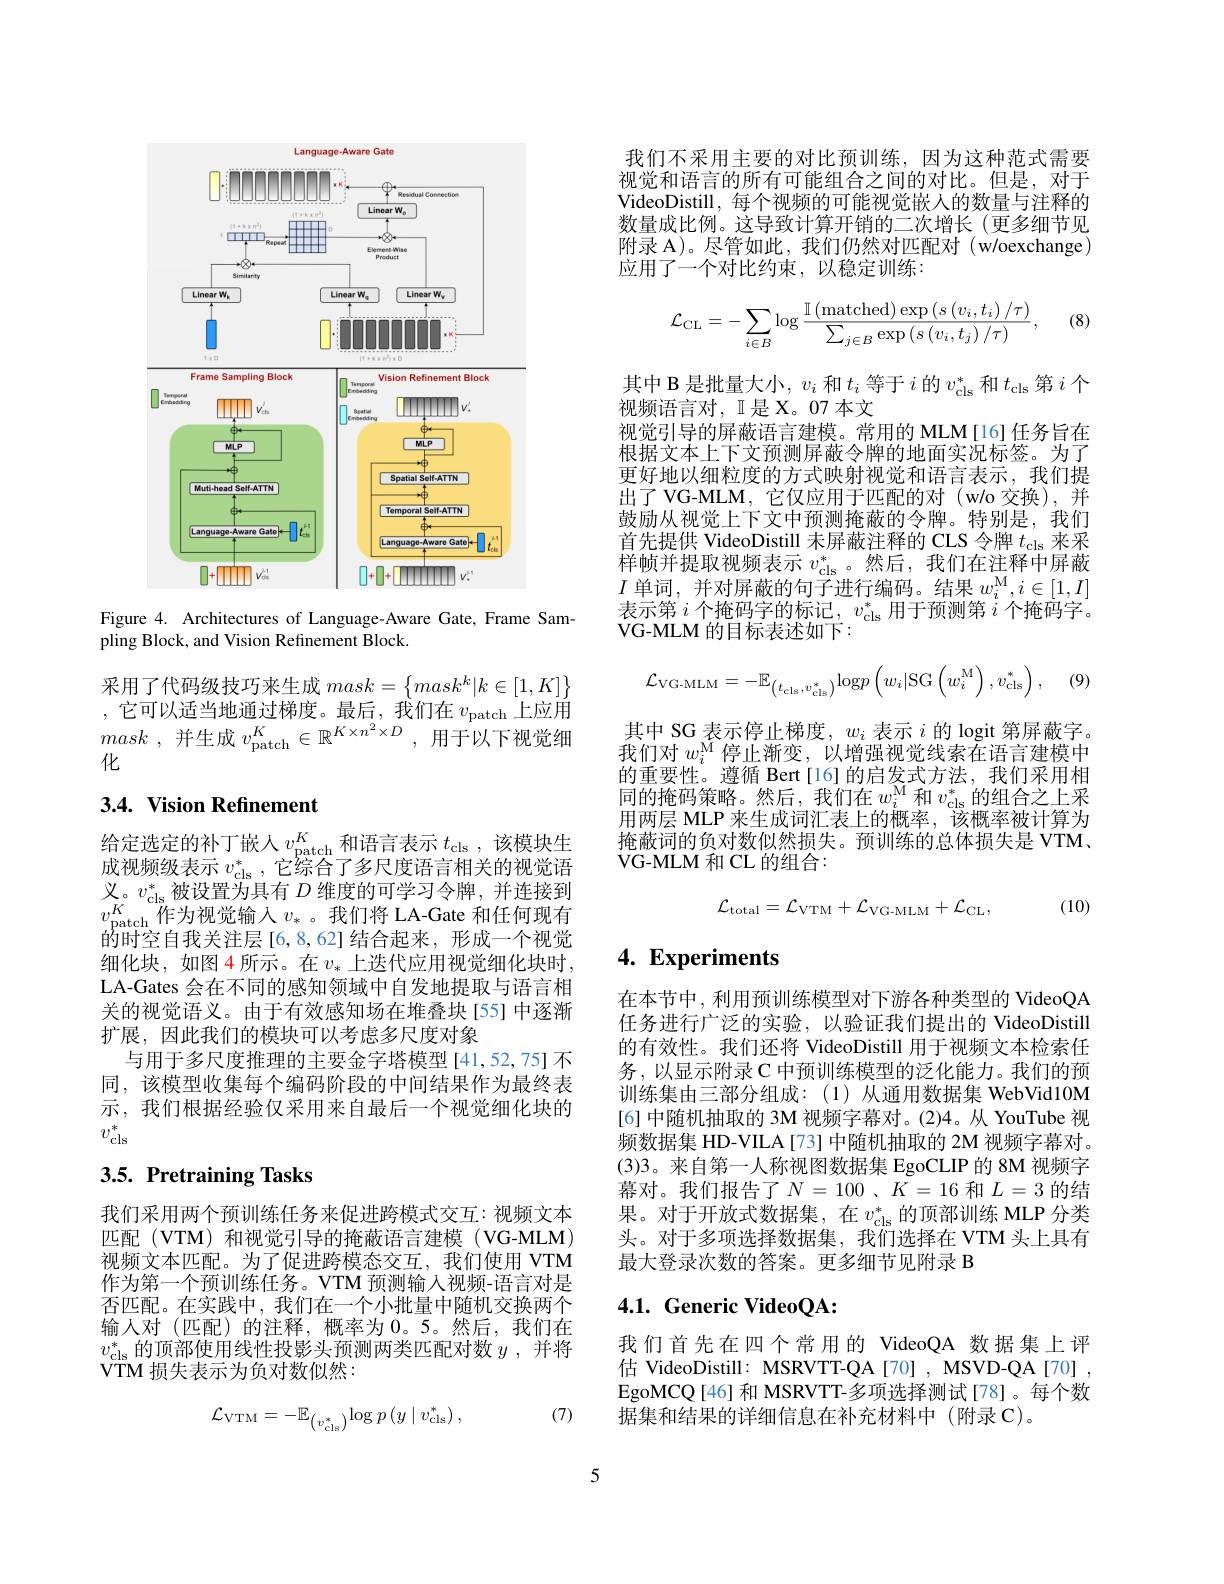
<FigureHere>

Figure 4. Architectures of Language-Aware Gate, Frame Sam-
pling Block, and Vision Refinement Block.

采用了代码级技巧来生成$mask=\left\{mask^k|k\in[1,K]\right\}$ ,它可以适当地通过梯度。最后，我们在$v_\mathrm{patch}$上应用mask , 并生成 $v_\mathrm{patch}^{K}\in \mathbb{R} ^{K\times n^{2}\times D}$ , 用于以下视觉细化

## $3. 4. \textbf{Vision Refinement}$

给定选定的补丁嵌入$v_\mathrm{patch}^K$和语言表示$t_\mathrm{cls}$,该模块生成视频级表示$v_\mathrm{cls}^*$,它综合了多尺度语言相关的视觉语义。$v_\mathrm{cls}^{*}$被设置为具有 $D$ 维度的可学习令牌，并连接到$v_{\mathrm{patch}}^K$作为视觉输入$v_*$。我们将 LA-Gate 和任何现有的时空自我关注层[6,8,62]结合起来，形成一个视觉细化块，如图4所示。在$v_*$上迭代应用视觉细化块时， LA-Gates 会在不同的感知领域中自发地提取与语言相关的视觉语义。由于有效感知场在堆叠块[55]中逐渐扩展，因此我们的模块可以考虑多尺度对象
与用于多尺度推理的主要金字塔模型[41,52,75]不同，该模型收集每个编码阶段的中间结果作为最终表示，我们根据经验仅采用来自最后一个视觉细化块的$v_\mathrm{cls}^*$

# 3.5. Pretraining Tasks

我们采用两个预训练任务来促进跨模式交互：视频文本匹配(VTM)和视觉引导的掩蔽语言建模(VG-MLM) 视频文本匹配。为了促进跨模态交互，我们使用 VTM 作为第一个预训练任务。VTM 预测输入视频-语言对是否匹配。在实践中，我们在一个小批量中随机交换两个输人对(匹配)的注释，概率为0。5。然后，我们在$v_\mathrm{cls}^*$的顶部使用线性投影头预测两类匹配对数 $y$, 并将VTM 损失表示为负对数似然：

(7)
$$\mathcal{L}_{\mathrm{VTM}}=-\mathbb{E}_{\left(v_{\mathrm{cls}}^{*}\right)}\log p\left(y\mid v_{\mathrm{cls}}^{*}\right),$$
我们不采用主要的对比预训练，因为这种范式需要视觉和语言的所有可能组合之间的对比。但是，对于VideoDistill, 每个视频的可能视觉嵌人的数量与注释的数量成比例。这导致计算开销的二次增长(更多细节见附录 A)。尽管如此，我们仍然对匹配对(w/oexchange) 应用了一个对比约束，以稳定训练：

(8)
$$\mathcal{L}_{\mathrm{CL}}=-\sum_{i\in B}\log\frac{\mathbb{I}\left(\mathrm{matched}\right)\exp\left(s\left(v_i,t_i\right)/\tau\right)}{\sum_{j\in B}\exp\left(s\left(v_i,t_j\right)/\tau\right)},$$
其中 B 是批量大小，$v_i$和$t_i$等于$i$的$v_\mathrm{cls}^*$和$t_\mathrm{cls}$第$i$个
视频语言对，I是 X。07 本文
视觉引导的屏蔽语言建模。常用的 MLM[16] 任务旨在根据文本上下文预测屏蔽令牌的地面实况标签。为了更好地以细粒度的方式映射视觉和语言表示，我们提出了 VG-MLM, 它仅应用于匹配的对 (w/o 交换),并鼓励从视觉上下文中预测掩蔽的令牌。特别是，我们首先提供 VideoDistill 未屏蔽注释的 CLS 令牌$t_\mathrm{cls}$来采样帧并提取视频表示$v_\mathrm{cls}^*$。然后，我们在注释中屏蔽$I$单词，并对屏蔽的句子进行编码。结果$w_i^\mathrm{M},i\in[1,I]$ 表示第$i$个掩码字的标记，$v_\mathrm{cls}^*$用于预测第$i$个掩码字。$VG-MLM$ 的目标表述如下：
$$\mathcal{L}_{\mathrm{VG-MLM}}=-\mathbb{E}_{\left(t_{\mathrm{cls}},v_{\mathrm{cls}}^{*}\right)}\mathrm{log}p\left(w_{i}|\mathrm{SG}\left(w_{i}^{\mathrm{M}}\right),v_{\mathrm{cls}}^{*}\right),$$
, (9)

其中 SG 表示停止梯度，$w_i$表示$i$的 logit 第屏蔽字。我们对$w_i^\mathrm{M}$停止渐变，以增强视觉线索在语言建模中的重要性。遵循 Bert[16]的启发式方法，我们采用相同的掩码策略。然后，我们在$w_i^\mathrm{M}$和$v_\mathrm{cls}^*$的组合之上采用两层 MLP 来生成词汇表上的概率，该概率被计算为掩蔽词的负对数似然损失。预训练的总体损失是 VTM、 VG- MLM 和 CL 的组合：
$$\mathcal{L}_{\mathrm{total}}=\mathcal{L}_{\mathrm{VTM}}+\mathcal{L}_{\mathrm{VG-MLM}}+\mathcal{L}_{\mathrm{CL}},$$
(10)

# $4. \textbf{Experiments}$

在本节中，利用预训练模型对下游各种类型的 VideoQA 任务进行广泛的实验，以验证我们提出的 VideoDistill 的有效性。我们还将 VideoDistill 用于视频文本检索任务，以显示附录 C 中预训练模型的泛化能力。我们的预训练集由三部分组成：(1)从通用数据集 WebVid10M [6] 中随机抽取的 3M 视频字幕对。(2)4。从 YouTube 视频数据集 HD-VILA[73] 中随机抽取的 2M 视频字幕对。(3)3。来自第一人称视图数据集 EgoCLIP 的 8M 视频字幕对。我们报告了$N=100$、$K=16$和$L=3$的结果。对于开放式数据集，在$v_\mathrm{cls}^*$的顶部训练 MLP 分类头。对于多项选择数据集，我们选择在 VTM 头上具有最大登录次数的答案。更多细节见附录 B

# 4.1. Generic VideoQA:

我们首先在四个常用的 VideoQA 数据集上评估 VideoDistill: MSRVTT-QA[70] , MSVD-QA[70] , EgoMCQ[46] 和 MSRVTT-多项选择测试[78]。每个数据集和结果的详细信息在补充材料中(附录 C)。

5